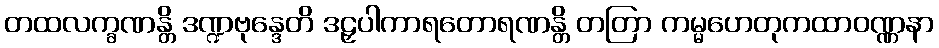
တထလက္ခဏန္တိ ဒဏ္ဍဗုန္ဒေတိ ဒဠှပါကာရတောရဏန္တိ တတြာ ကမ္မဟေတုကထာဝဏ္ဏနာ